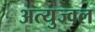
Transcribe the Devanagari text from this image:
अत्युज्वल